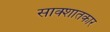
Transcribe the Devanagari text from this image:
साक्शातकार